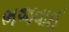
ભજવાઈ